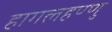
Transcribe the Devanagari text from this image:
हागलहण्णु